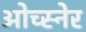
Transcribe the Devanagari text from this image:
ओच्स्नेर